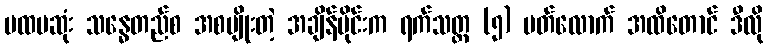
ပထမဆုံး သန္ဓေတည်စ အစပျိုးတဲ့ အချိန်ပိုင်းက ရက်သတ္တ (၅) ပတ်လောက် အထိတောင် ဒီလို